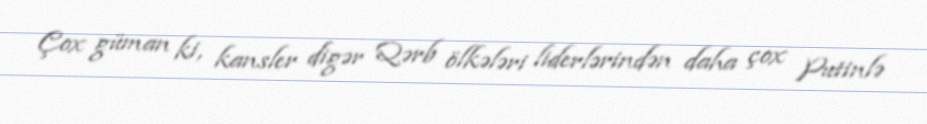
Çox güman ki, kansler digər Qərb ölkələri liderlərindən daha çox Putinlə